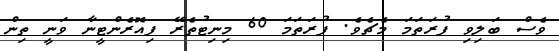
ވެސް ބަލިވި ފުރަތަމަ މެޗެވެ. ފުރަތަމަ 60 މިނިޓުތެރޭ ފިއޮރެންޓީނާ ވަނީ ތިން